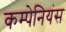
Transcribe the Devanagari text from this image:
कम्पेनियंस